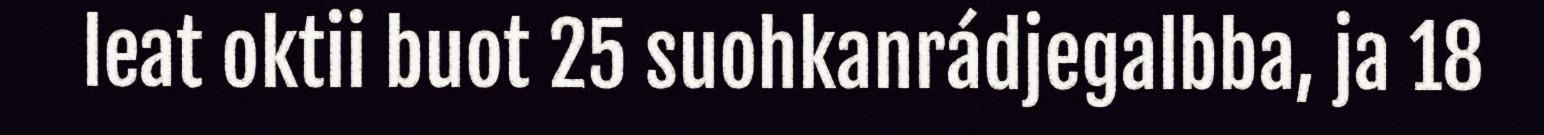
leat oktii buot 25 suohkanrádjegalbba, ja 18